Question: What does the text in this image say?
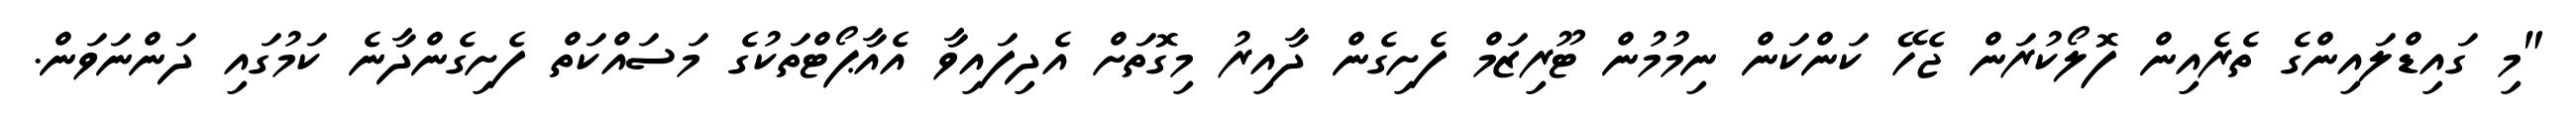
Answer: "މި ގައިޑްލައިންގެ ތެރެއިން ފޮލޯކުރަން ޖެހޭ ކަންކަން ނިމުމުން ޓޫރިޒަމް ފެށިގެން ދާއިރު މިގޮތަށް އެދިފައިވާ އެއާޕޯޓްތަކުގެ މަސައްކަތް ފެށިގެންދާނެ ކަމުގައި ދަންނަވަން.